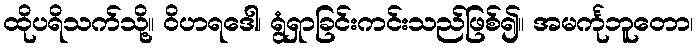
ထိုပရိသက်သို့။ ဝိဟရဒေါ၊ ရွံရှာခြင်းကင်းသည်ဖြစ်၍။ အမင်္ကုဘူတော၊